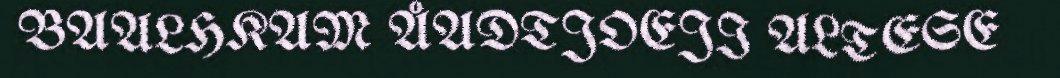
BAALHKAM ÅADTJOEJI ALTESE